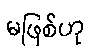
မဖြစ်ဟု